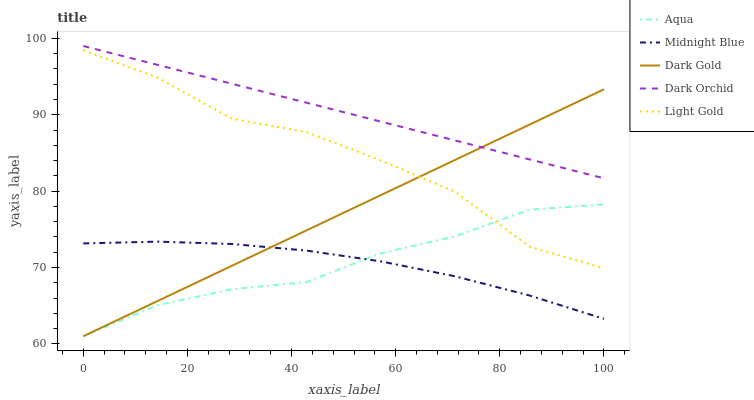
| xaxis_label | Aqua | Midnight Blue | Dark Gold | Dark Orchid | Light Gold |
 | --- | --- | --- | --- | --- | --- |
 | 0 | 61 | 73.2 | 61 | 99 | 98.4 |
 | 14.3 | 65.1 | 73.4 | 65.6 | 96.5 | 94.9 |
 | 28.6 | 67.2 | 73.1 | 70.2 | 94.1 | 89.5 |
 | 42.9 | 68.1 | 72.2 | 74.9 | 91.6 | 87.7 |
 | 57.1 | 71.9 | 70.8 | 79.5 | 89.1 | 84 |
 | 71.4 | 74.1 | 68.8 | 84.1 | 86.6 | 79.9 |
 | 85.7 | 77.6 | 66.3 | 88.7 | 84.2 | 72.7 |
 | 100 | 78.3 | 63.3 | 93.3 | 81.7 | 69.9 |